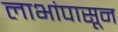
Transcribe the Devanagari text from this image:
लाभांपासून